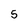
Character: 5